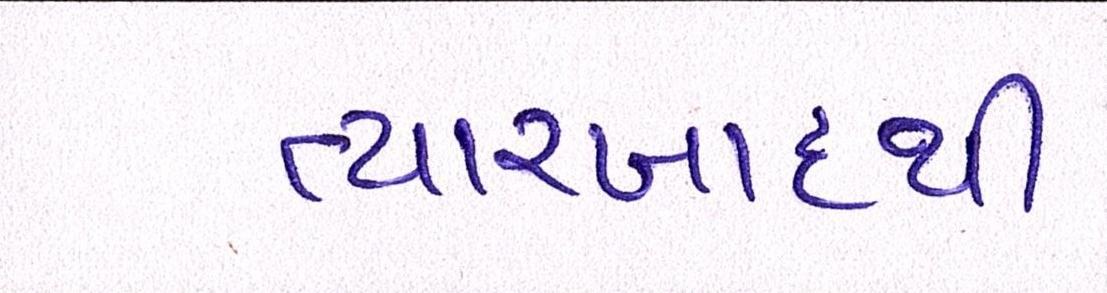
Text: ત્યારબાદથી